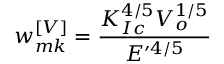
w _ { m k } ^ { \left[ V \right] } = \frac { K _ { I c } ^ { 4 / 5 } V _ { o } ^ { 1 / 5 } } { E ^ { \prime 4 / 5 } }